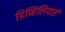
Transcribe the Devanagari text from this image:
डिव्हिलियर्स